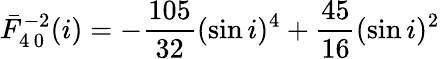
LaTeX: \bar{F}_{4\, 0}^{-2}(i)=-\frac{105}{32}(\sin i)^{4}+\frac{45}{16}(\sin i)^{2}